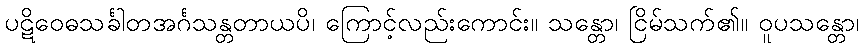
ပဋိဝေဓသင်္ခါတအင်္ဂသန္တတာယပိ၊ ကြောင့်လည်းကောင်း။ သန္တော၊ ငြိမ်သက်၏။ ဝူပသန္တော၊